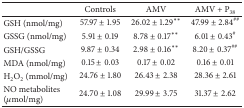
<table><thead><tr><td></td><td><b>Controls</b></td><td><b>AMV</b></td><td><b>AMV + P<sub>38</sub></b></td></tr></thead><tbody><tr><td>GSH (nmol/mg)</td><td>57.97 ± 1.95</td><td>26.02 ± 1.29<sup><i>∗∗</i></sup></td><td>47.99 ± 2.84<sup>##</sup></td></tr><tr><td>GSSG (nmol/mg)</td><td>5.91 ± 0.19</td><td>8.78 ± 0.17<sup><i>∗∗</i></sup></td><td>6.01 ± 0.43<sup>#</sup></td></tr><tr><td>GSH/GSSG</td><td>9.87 ± 0.34</td><td>2.98 ± 0.16<sup><i>∗∗</i></sup></td><td>8.20 ± 0.37<sup>##</sup></td></tr><tr><td>MDA (nmol/mg)</td><td>0.15 ± 0.03</td><td>0.17 ± 0.02</td><td>0.16 ± 0.01</td></tr><tr><td>H<sub>2</sub>O<sub>2</sub> (mmol/mg)</td><td>24.76 ± 1.80</td><td>26.43 ± 2.38</td><td>28.36 ± 2.61</td></tr><tr><td>NO metabolites (<i>μ</i>mol/mg)</td><td>24.70 ± 1.08</td><td>29.99 ± 3.75</td><td>31.37 ± 2.62</td></tr></tbody></table>